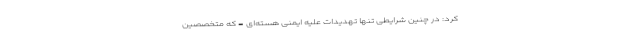
کرد: در چنین شرایطی تنها تهدیدات علیه ایمنی هسته‌ای - که متخصصین